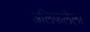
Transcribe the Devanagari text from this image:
अलिफलैला